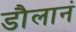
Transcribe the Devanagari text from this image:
डौलानं